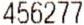
456277